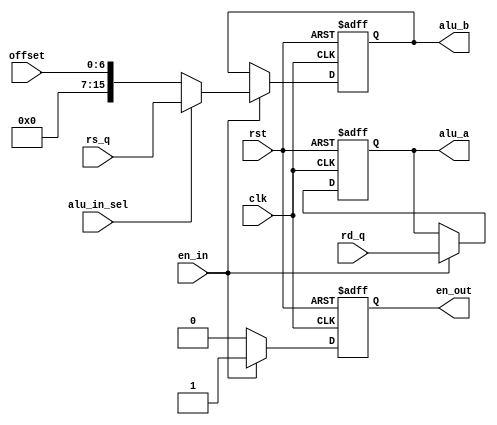
  
  
module alu_mux (
	  clk, rst, 
	en_in,offset, rd_q ,rs_q,alu_in_sel,alu_a,alu_b,en_out
);
input [15:0] rd_q, rs_q;
input clk, rst, en_in,alu_in_sel;
input [6:0] offset;
output [15:0] alu_a,alu_b;
output en_out;
reg [15:0] alu_a,alu_b;
reg  en_out;

	always @(
		posedge rst or posedge clk 
	) 
	begin
	   if(rst ==1'b1)
		begin
			alu_a = 16'b0000000000000000;
			alu_b = 16'b0000000000000000;
			en_out  = 1'b0;
	   end		
			else	
		if(en_in == 1'b1)
			begin
			alu_a = rd_q;
			en_out  = 1'b1;
					if(alu_in_sel ==1'b0) 
						alu_b = {9'b00000000,offset[6:0]}; 
					else 
						alu_b = rs_q;					
			end
		else
			en_out  = 1'b0;
    end
endmodule